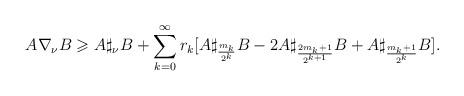
LaTeX: \begin{align*} A \nabla_{\nu} B \geqslant A \sharp_{\nu} B+\sum_{k=0}^{\infty}r_{k} [ A\sharp_{\frac{m_k}{2^k}}B -2A\sharp_{\frac{2m_k+1 }{2^{k+1}}}B +A\sharp_{{\frac{m_k+1}{2^k}}}B].\end{align*}